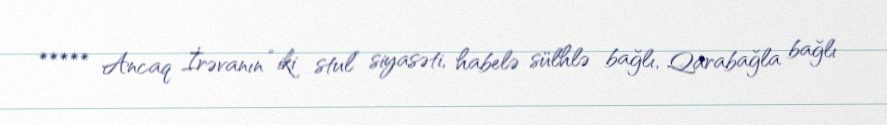
***** Ancaq İrəvanın “iki stul” siyasəti, habelə sülhlə bağlı, Qarabağla bağlı